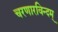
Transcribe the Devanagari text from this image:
चरणारविन्दम्